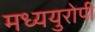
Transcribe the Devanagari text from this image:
मध्ययुरोपी